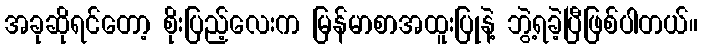
အခုဆိုရင်တော့ စိုးပြည့်လေးက မြန်မာစာအထူးပြုနဲ့ ဘွဲ့ရခဲ့ပြီဖြစ်ပါတယ်။